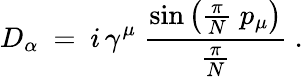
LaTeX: D_{\alpha}\ =\ i\, \gamma^{\mu}\ \frac{\mathrm{sin}\left(\frac\pi N\; p_{\mu}\right)}{\frac\pi N}\ .